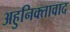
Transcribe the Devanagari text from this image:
अहुनिक्तावाद